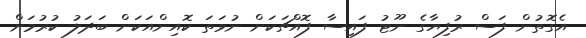
އެގޮތުން ފަސް ރުފިޔާގެ ނޫޓު ފައިސާ ފޮއްޗަކަށް ނުވަތަ ކޮއިންއަކަށް ބަދަލު ކުރުމަށް